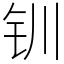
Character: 钏